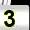
Digit: 3